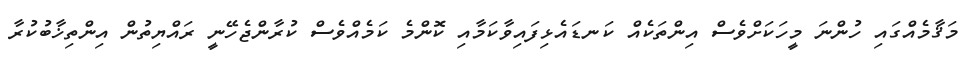
މަޤާމެއްގައި ހުންނަ މީހަކަށްވެސް އިންތަކެއް ކަނޑައެޅިފައިވާކަމާއި ކޮންމެ ކަމެއްވެސް ކުރާންޖެހޭނީ ރައްޔިތުން އިންތިޚާބުކުރާ